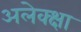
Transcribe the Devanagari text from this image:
अलेक्क्षा